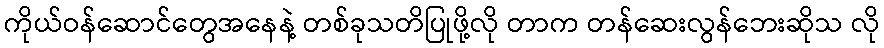
ကိုယ်ဝန်ဆောင်တွေအနေနဲ့ တစ်ခုသတိပြုဖို့လို တာက တန်ဆေးလွန်ဘေးဆိုသ လို